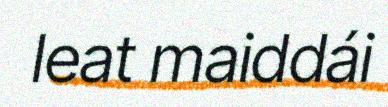
leat maiddái